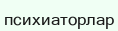
психиаторлар